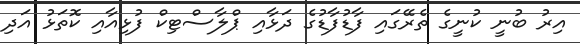
އިރު ބުނީ ކުނީގެ ތެރޭގައި ފާޑުފާޑުގެ ދަޅާއި ޕްލާސްޓިކް ފުޅިއާއި ކޮތަޅު އަދި